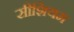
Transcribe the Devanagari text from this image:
सीशियम